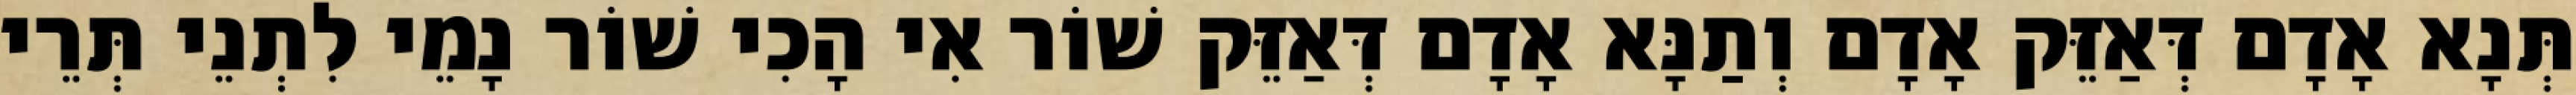
תְּנָא אָדָם דְּאַזֵּק אָדָם וְתַנָּא אָדָם דְּאַזֵּק שׁוֹר אִי הָכִי שׁוֹר נָמֵי לִתְנֵי תְּרֵי